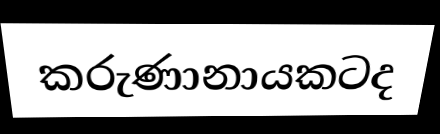
කරුණානායකටද